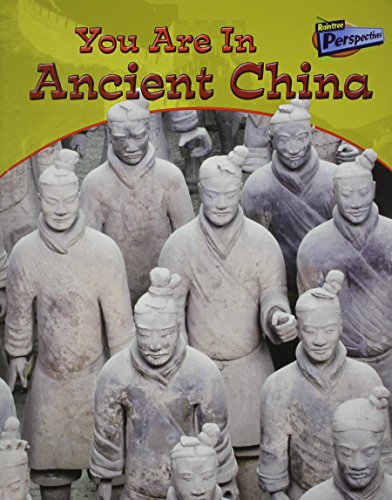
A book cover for You Are in Ancient China (You Are There!); Ivan Minnis; Children's Books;